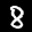
Label: 8